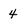
Character: 4